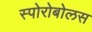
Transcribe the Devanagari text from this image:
स्पोरोबोलस